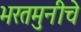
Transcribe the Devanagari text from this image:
भरतमुनीचे